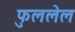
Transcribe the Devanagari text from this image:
फुललेल